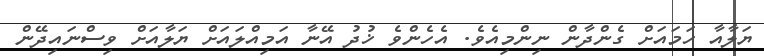
ޔަލާއާ ހަމައަށް ގެންދާން ނިންމިއެވެ. އެހެންވެ ޚުދު އޭނާ އަމިއްލައަށް ޔަލާއަށް ވިސްނައިދޭން